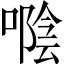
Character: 𠽛